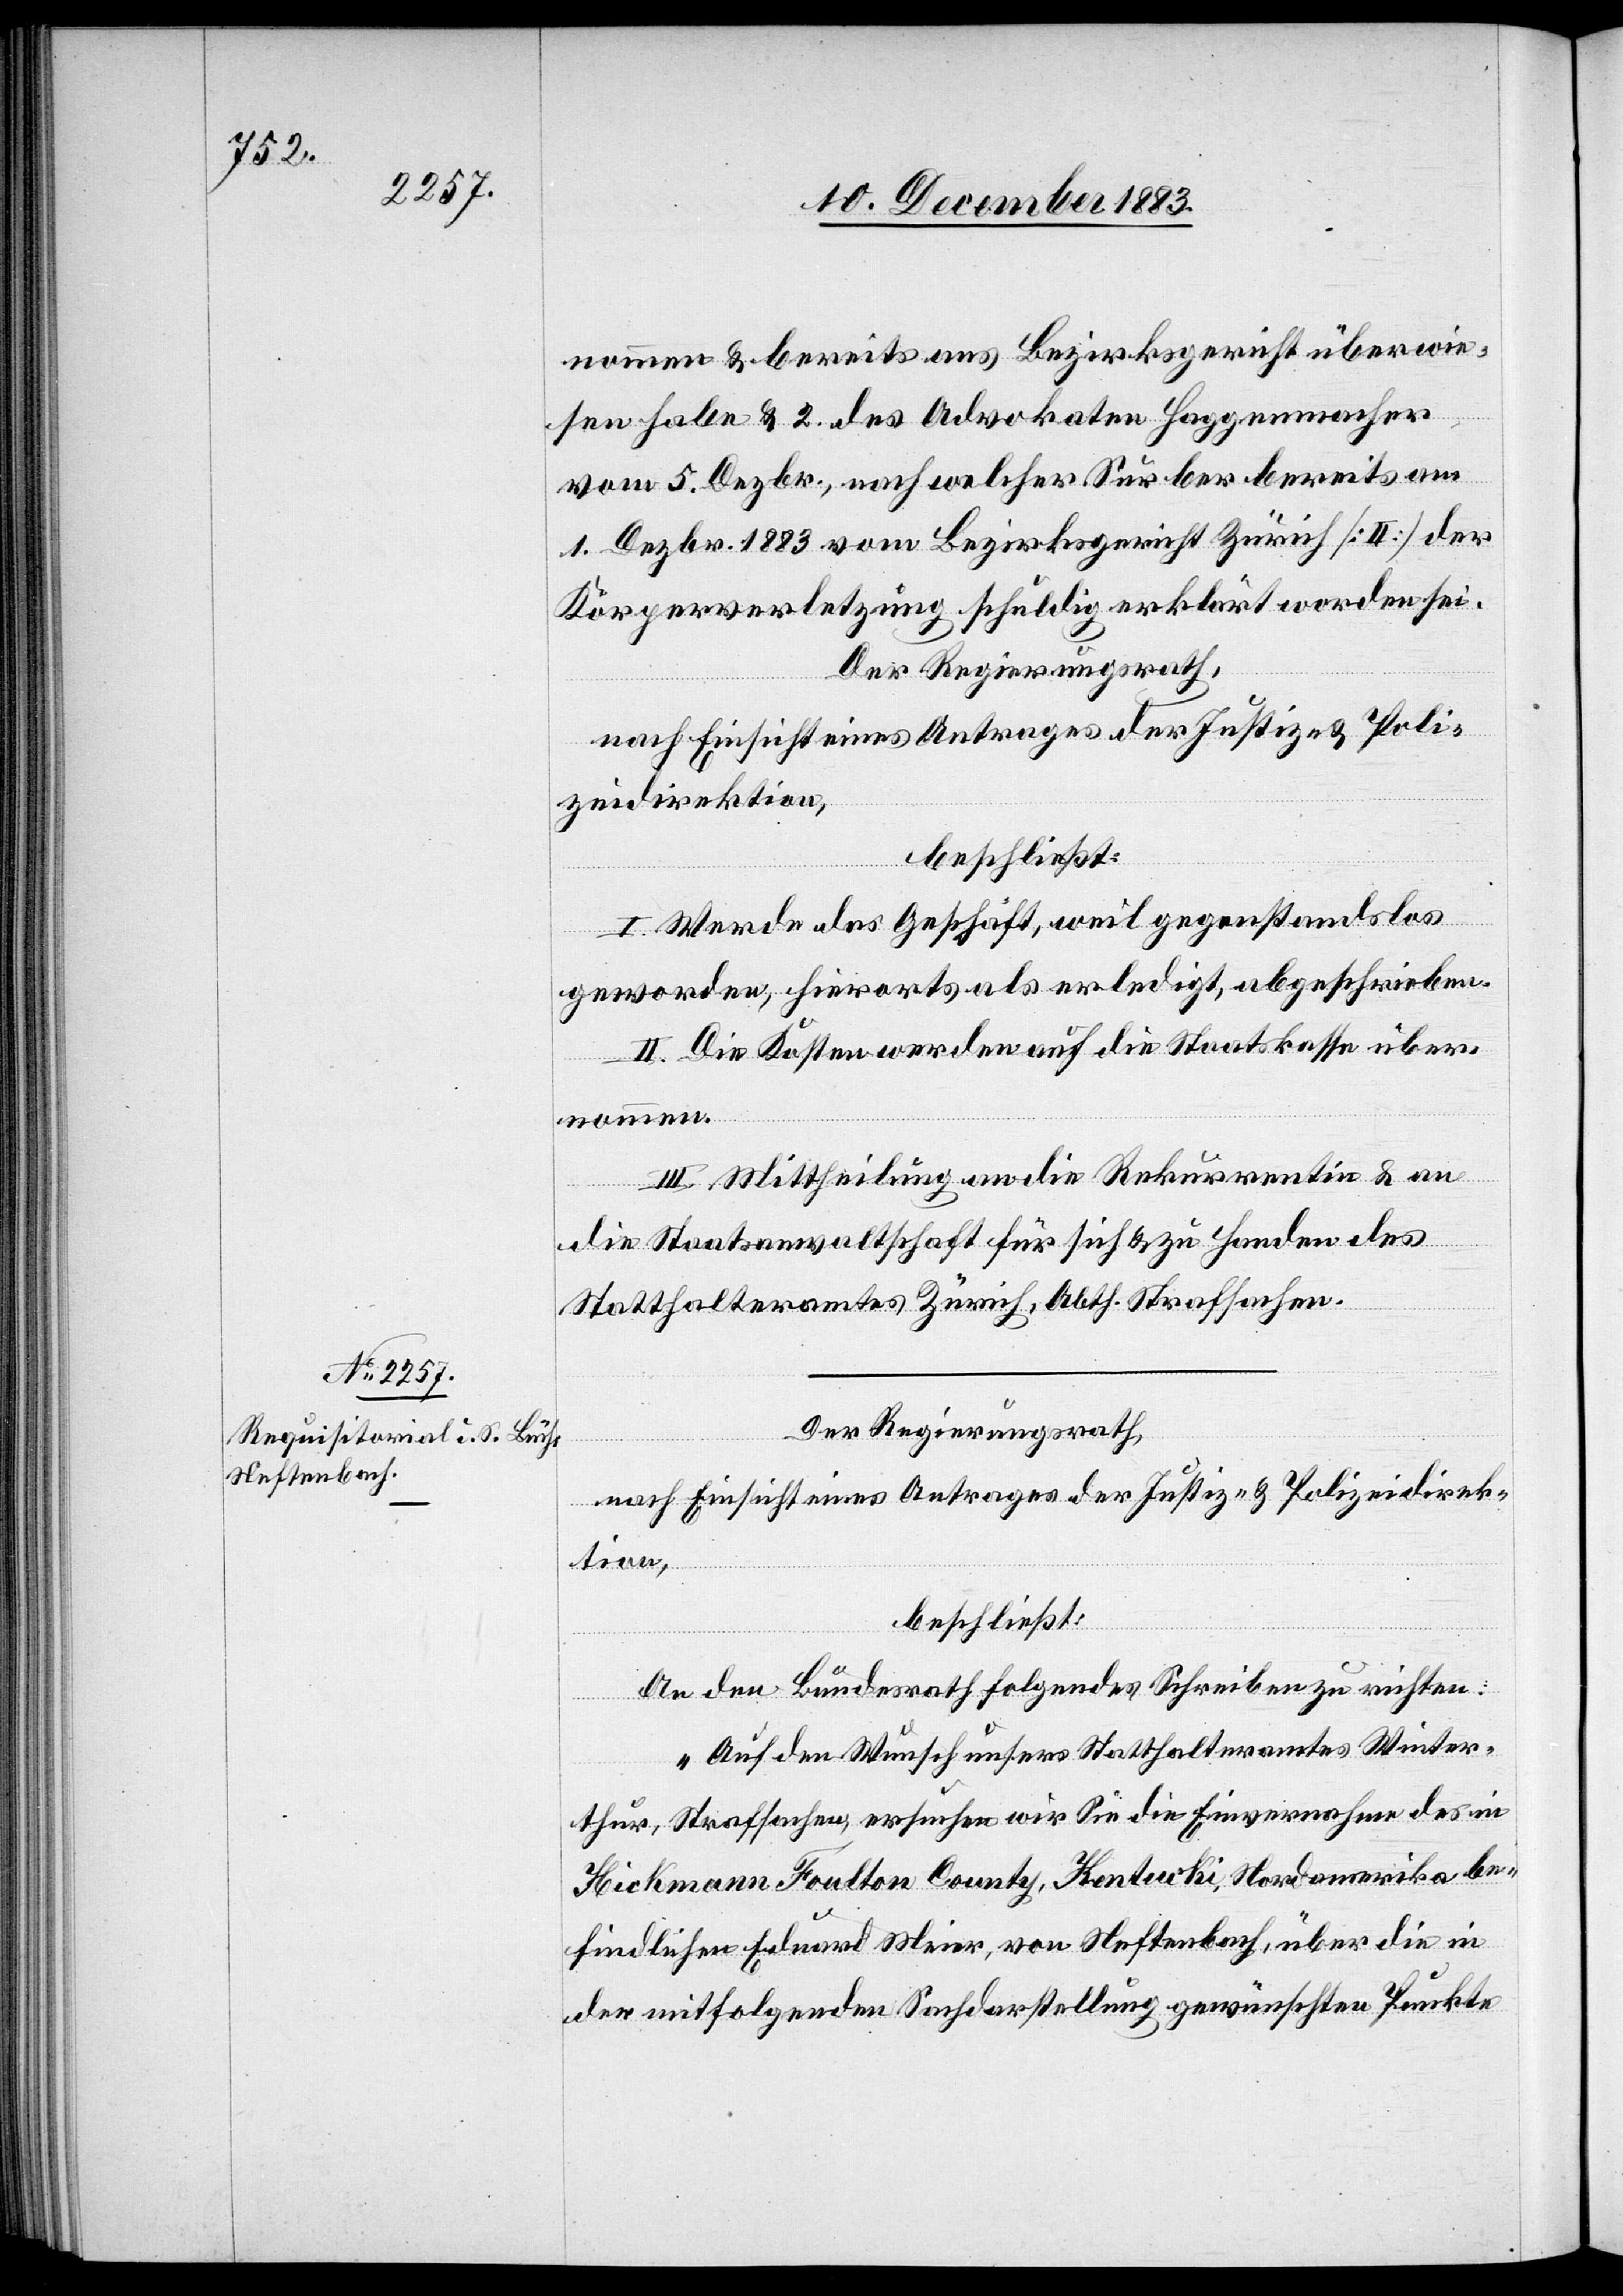
nommen & bereits ans Bezirksgericht überwie¬
sen habe & 2. des Advokaten Haggenmacher
vom 5. Dezbr., nach welcher Surber bereits am
1. Dezbr. 1883 vom Bezirksgericht Zürich [II] der
Körperverletzung schuldig erklärt worden sei.
Der Regierungsrath,
nach Einsicht eines Antrages der Justiz- & Poli¬
zeidirektion,
beschließt:
I. Werde das Geschäft, weil gegenstandslos
geworden, hierorts als erledigt, abgeschrieben.
II. Die Kosten werden auf die Staatskasse über¬
nommen.
III. Mittheilung an die Rekurrenten & an
die Staatsanwaltschaft für sich & zu Handen des
Statthalteramtes Zürich, Abth. Strafsachen.
Der Regierungsrath,
nach Einsicht eines Antrages der Justiz- & Polizeidirek¬
tion,
beschließt:
An den Bundesrath folgendes Schreiben zu richten:
„Auf den Wunsch unsers Statthalteramtes Winter¬
thur, Strafsachen, ersuchen wir Sie die Einvernahme des in
Hickmann Foulton County, Kentucki, Nordamerika be¬
findlichen Eduard Meier, von Neftenbach, über die in
der mitfolgenden Sachdarstellung gewünschten Punkte